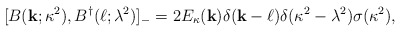
\begin{align*}[B({\bf k};\kappa^2), B^\dagger({\bf \ell}; \lambda^2)]_- = 2E_\kappa({\bf k}) \delta({\bf k}-{\bf \ell}) \delta(\kappa^2-\lambda^2)\sigma(\kappa^2),\end{align*}